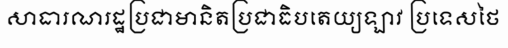
សាធារណរដ្ឋប្រជាមានិតប្រជាធិបតេយ្យឡាវ ប្រទេសថៃ